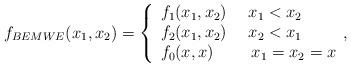
LaTeX: \begin{align*}f_{BEMWE}(x_{1},x_{2})=\left\{ \begin{array}{l}f_{1}(x_{1},x_{2})\ \ \ \ x_{1}<x_{2} \\ f_{2}(x_{1},x_{2})\ \ \ \ x_{2}<x_{1} \\ f_{0}(x,x)\ \ \ \ \ \ \ x_{1}=x_{2}=x\end{array},\right. \end{align*}